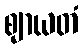
ဈာယတံ